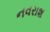
નવરાશ